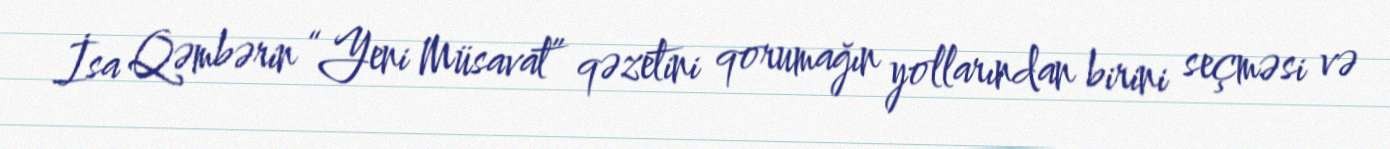
İsa Qəmbərin “Yeni Müsavat” qəzetini qorumağın yollarından birini seçməsi və